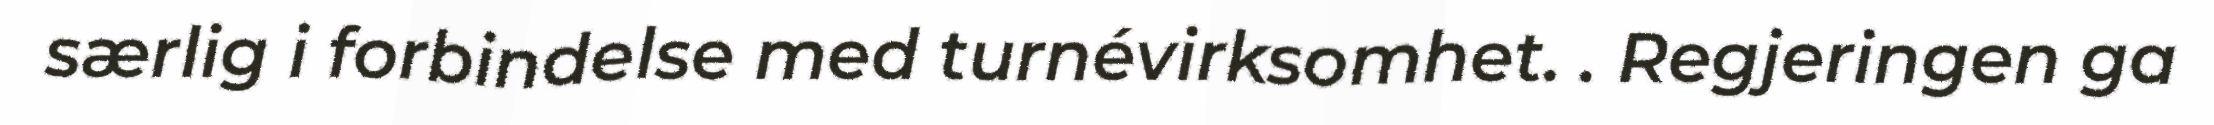
særlig i forbindelse med turnévirksomhet. . Regjeringen ga